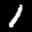
Label: 1